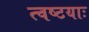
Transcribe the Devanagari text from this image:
त्वष्टयाः